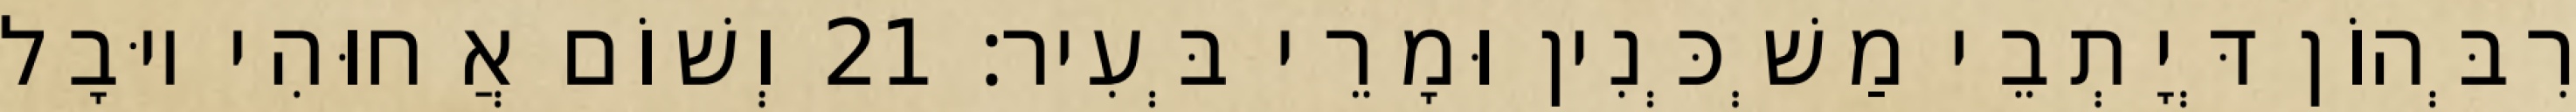
רִבְּהוֹן דְּיָתְבֵי מַשְׁכְּנִין וּמָרֵי בְּעִיר׃ 21 וְשׁוֹם אֲחוּהִי יוּבָל